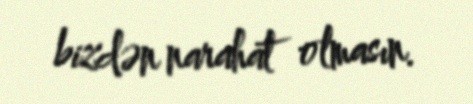
bizdən narahat olmasın.